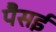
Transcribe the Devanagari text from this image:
पैसई